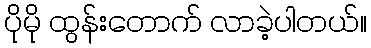
ပိုမို ထွန်းတောက် လာခဲ့ပါတယ်။